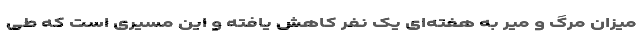
میزان مرگ و میر به هفته‌ای یک نفر کاهش یافته و این مسیری است که طی